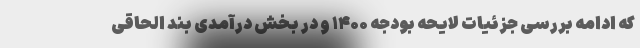
که ادامه بررسی جزئیات لایحه بودجه ۱۴۰۰ و در بخش درآمدی بند الحاقی